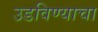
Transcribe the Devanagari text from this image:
उडविण्याचा